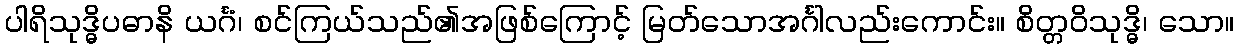
ပါရိသုဒ္ဓိပဓာနိ ယင်္ဂံ၊ စင်ကြယ်သည်၏အဖြစ်ကြောင့် မြတ်သောအင်္ဂါလည်းကောင်း။ စိတ္တဝိသုဒ္ဓိ၊ သော။